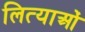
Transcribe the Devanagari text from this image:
लित्याओं